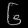
Digit: ၆